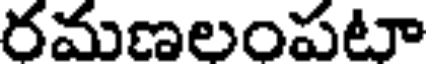
రమణలంపటా